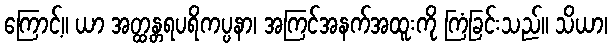
ကြောင့်။ ယာ အတ္ထန္တရပရိကပ္ပနာ၊ အကြင်အနက်အထူးကို ကြံခြင်းသည်။ သိယာ၊